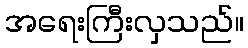
အရေးကြီးလှသည်။